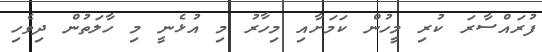
ފުރައްސާރަ ކުރި މީހުން ކަމަށާއި މިހާރު މި އުޅެނީ މި ހާލަތުން ދިވެހި